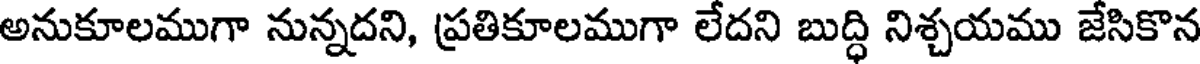
అనుకూలముగా నున్నదని, ప్రతికూలముగా లేదని బుద్ధి నిశ్చయము జేసికొన